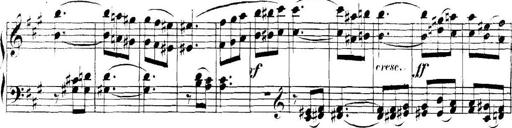
Title: Collected Piano Sonatas
Composer: Muzio Clementi